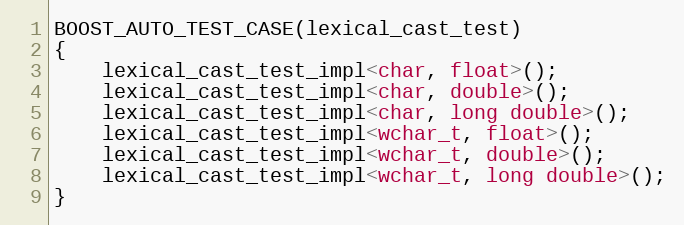
Language: C++
BOOST_AUTO_TEST_CASE(lexical_cast_test)
{
    lexical_cast_test_impl<char, float>();
    lexical_cast_test_impl<char, double>();
    lexical_cast_test_impl<char, long double>();
    lexical_cast_test_impl<wchar_t, float>();
    lexical_cast_test_impl<wchar_t, double>();
    lexical_cast_test_impl<wchar_t, long double>();
}